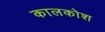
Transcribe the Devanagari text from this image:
कालकोश